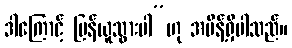
ဒါကြောင့် ပြန်ယူသွားပါ”ဟု အမိန့်ရှိပါသည်။